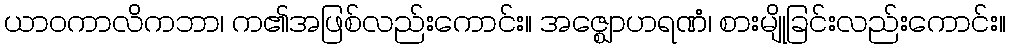
ယာဝကာလိကဘာ၊ က၏အဖြစ်လည်းကောင်း။ အဇ္ဈောဟရဏံ၊ စားမျိုခြင်းလည်းကောင်း။